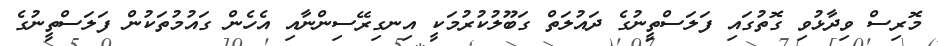
މޮރިސް ވިދާޅުވި ގޮތުގައި ފަލަސްތީނުގެ ދައުލަތް ގަބޫލުކުރުމަކީ އިނގިރޭސިންނާއި އެހެން ގައުމުތަކުން ފަލަސްތީނުގެ